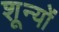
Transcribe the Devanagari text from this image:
शून्यों